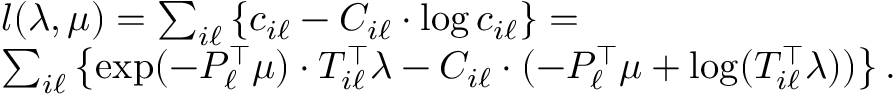
\begin{array} { r l } & { l ( \lambda , \mu ) = \sum _ { i \ell } \left\{ c _ { i \ell } - C _ { i \ell } \cdot \log c _ { i \ell } \right\} = } \\ & { \sum _ { i \ell } \left\{ \exp ( - P _ { \ell } ^ { \top } \mu ) \cdot T _ { i \ell } ^ { \top } \lambda - C _ { i \ell } \cdot ( - P _ { \ell } ^ { \top } \mu + \log ( T _ { i \ell } ^ { \top } \lambda ) ) \right\} . } \end{array}